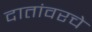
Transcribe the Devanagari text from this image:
दातांवरचे